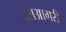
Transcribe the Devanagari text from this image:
दसआगरी